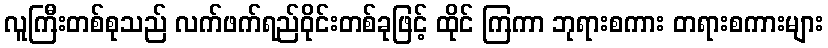
လူကြီးတစ်စုသည် လက်ဖက်ရည်ဝိုင်းတစ်ခုဖြင့် ထိုင် ကြကာ ဘုရားစကား တရားစကားများ